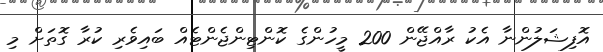
އޮފިޝަލުންނާ އެކު ރާއްޖޭން 200 މީހުންގެ ކޮންޓިންޖެންޓެއް ބައިވެރި ކުރާ ގޮތަށް މި